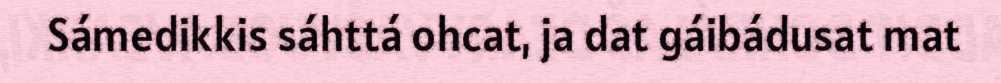
Sámedikkis sáhttá ohcat, ja dat gáibádusat mat